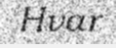
Hvar